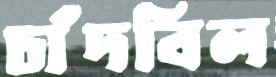
চাঁদবিল